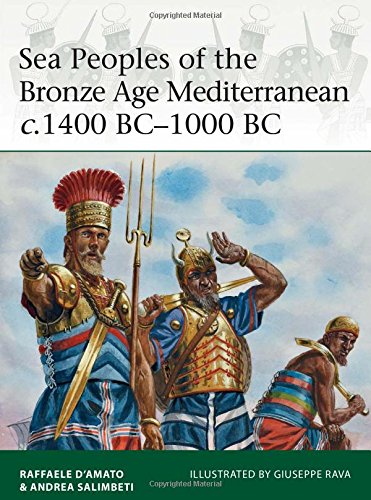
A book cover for Sea Peoples of the Bronze Age Mediterranean c.1400 BC-1000 BC (Elite); Raffaele D'Amato; Arts & Photography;